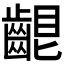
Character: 𪘟